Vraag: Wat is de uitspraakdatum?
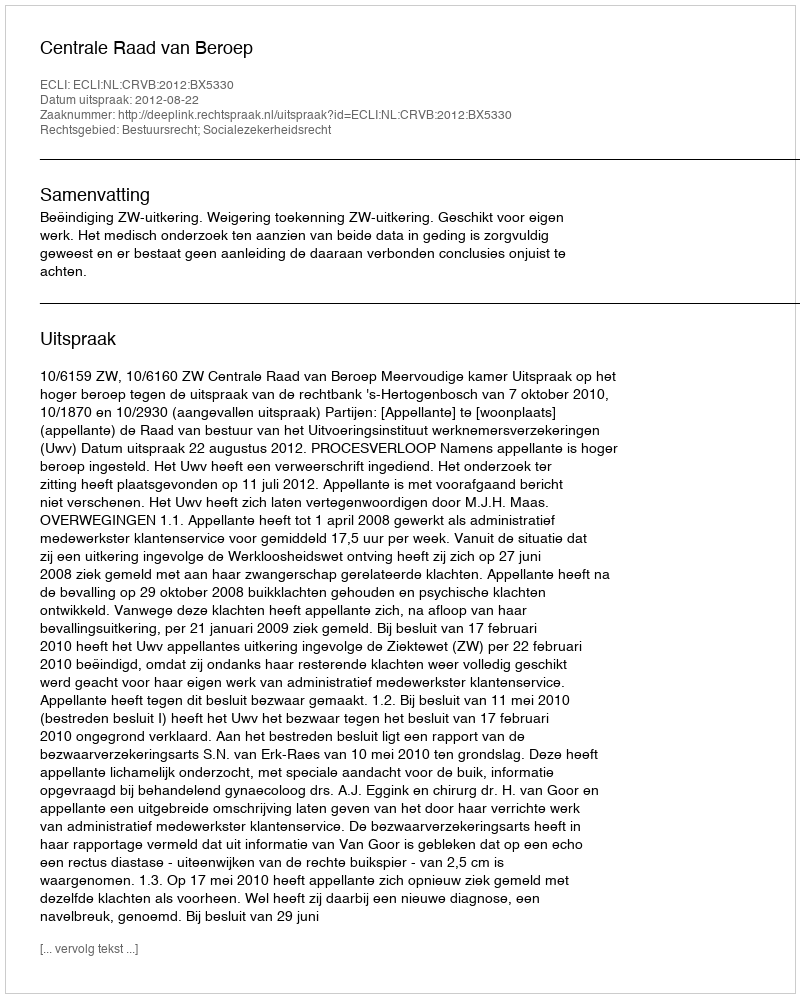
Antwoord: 2012-08-22